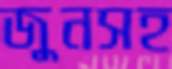
জুনসহ